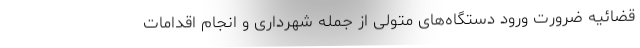
قضائیه ضرورت ورود دستگاه‌های متولی از جمله شهرداری و انجام اقدامات